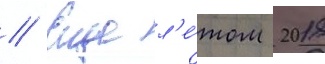
// Еще л'е́том 2018